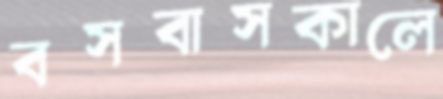
বসবাসকালে